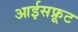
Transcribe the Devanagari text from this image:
आईसफ्रूट